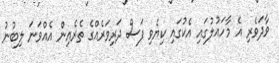
ވާދަވެރި އެ މާހައުލުގައި އެކުގައި ކިޔެވި ފަސް ދަރިވަރެއްގެ ތެރެއިން އެއްވަނަ ލިބުނު